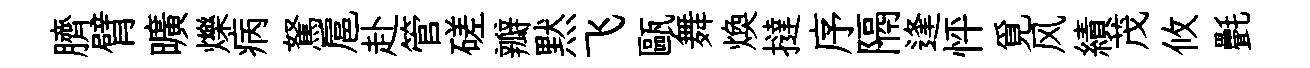
臍臂曠爍病駑扈赴管磋瓣黙飞甌舞煥撻序隔逢怦覓风績茂攸㲲